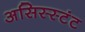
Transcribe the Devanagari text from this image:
असिस्स्टंट